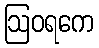
ဩဝရကေ